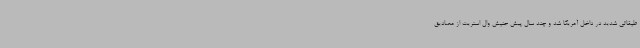
طبقاتی شدید در داخل آمریکا شد و چند سال پیش جنبش وال استریت از مصادیق